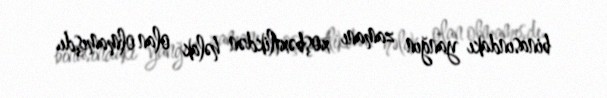
binasındakı yanğın zamanı xoşbəxtlikdən həlak olan olmamışdı.